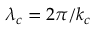
\lambda _ { c } = 2 \pi / k _ { c }